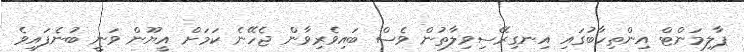
ޕާލިމަންޓް އިންތިހާބުގައި އިނގިރޭސިވިލާތުން ވެސް ބައިވެރިވާން ޖެހޭނެ ކަމަށް އީޔޫން ވަނީ ބުނެފައިވެ